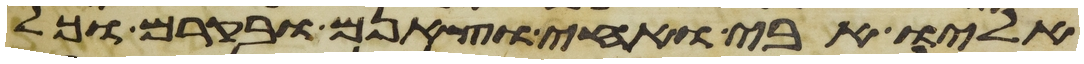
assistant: אליו אבי ואחי וצאנם ובקרם וכל